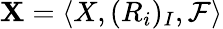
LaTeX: \mathbf{X}=\langle X,(R_{i})_{I},{\mathcal{F}}\rangle